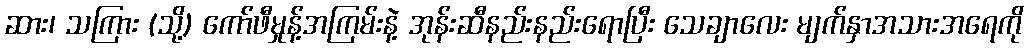
ဆား၊ သကြား (သို့) ကော်ဖီမှုန့်အကြမ်းနဲ့ အုန်းဆီနည်းနည်းရောပြီး သေချာလေး မျက်နှာအသားအရေကို